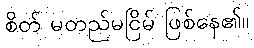
စိတ် မတည်မငြိမ် ဖြစ်နေ၏။